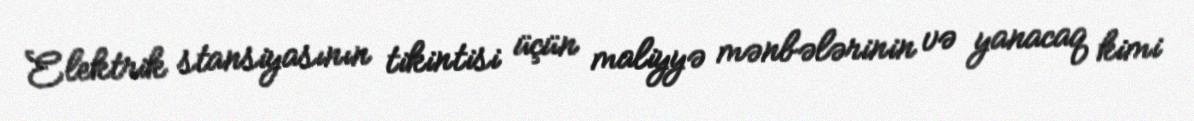
Elektrik stansiyasının tikintisi üçün maliyyə mənbələrinin və yanacaq kimi